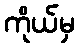
ကိုယ်မှ